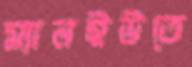
ম্যানইউতে